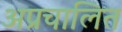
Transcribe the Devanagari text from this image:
अप्रचालित